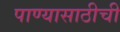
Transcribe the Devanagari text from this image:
पाण्यासाठीची